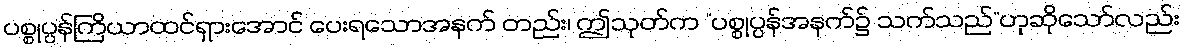
ပစ္စုပ္ပန်ကြိယာထင်ရှားအောင် ပေးရသောအနက် တည်း၊ ဤသုတ်က “ပစ္စုပ္ပန်အနက်၌ သက်သည်”ဟုဆိုသော်လည်း